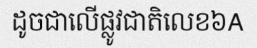
ដូចជាលើផ្លូវជាតិលេខ៦A